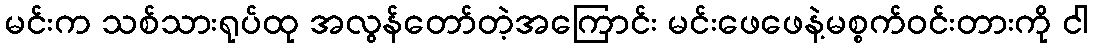
မင်းက သစ်သားရုပ်ထု အလွန်တော်တဲ့အကြောင်း မင်းဖေဖေနဲ့မစ္စက်ဝင်းတားကို ငါ